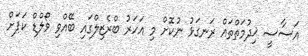
އަސާސީ ޚިދުމަތްތައް ރަނގަޅު ނުކޮށް މި އަހަރު ބްރެޒިލްގައި ބޭއްވި ވޯލްޑް ކަޕަށް